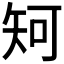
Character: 𥎵